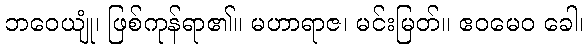
ဘဝေယျုံ၊ ဖြစ်ကုန်ရာ၏။ မဟာရာဇ၊ မင်းမြတ်။ ဧဝမေဝ ခေါ၊